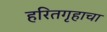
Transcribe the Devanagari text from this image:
हरितगृहाचा